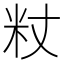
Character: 粀